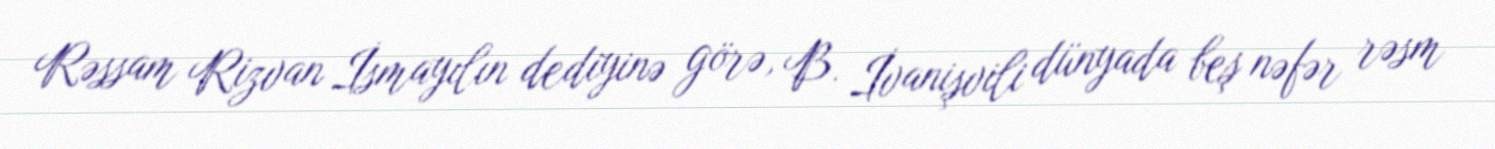
Rəssam Rizvan İsmayılın dediyinə görə, B. İvanişvili dünyada beş nəfər rəsm